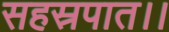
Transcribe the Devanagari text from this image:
सहस्रपात।।